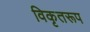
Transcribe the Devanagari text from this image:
विकृतरूप